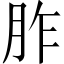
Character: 胙